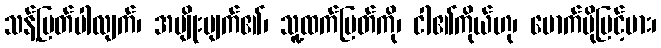
သန့်မြတ်ပါလျက်၊ အမျိုးပျက်၏၊ သူ့ထက်မြတ်ကို၊ ငါ၏ကိုယ်ဟု၊ မောက်မိုမြင့်မား၊